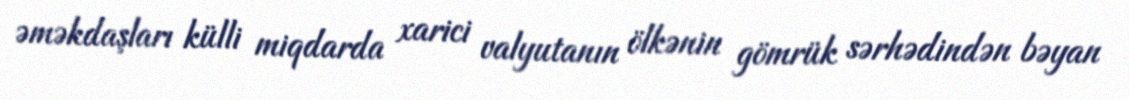
əməkdaşları külli miqdarda xarici valyutanın ölkənin gömrük sərhədindən bəyan